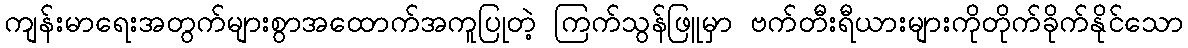
ကျန်းမာရေးအတွက်များစွာအထောက်အကူပြုတဲ့ ကြက်သွန်ဖြူမှာ ဗက်တီးရီယားများကိုတိုက်ခိုက်နိုင်သော